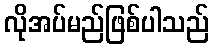
လိုအပ်မည်ဖြစ်ပါသည်